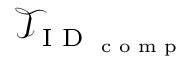
\mathcal { T } _ { \textrm { I D } _ { \textrm { c o m p } } }